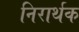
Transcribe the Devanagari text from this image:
निरार्थक